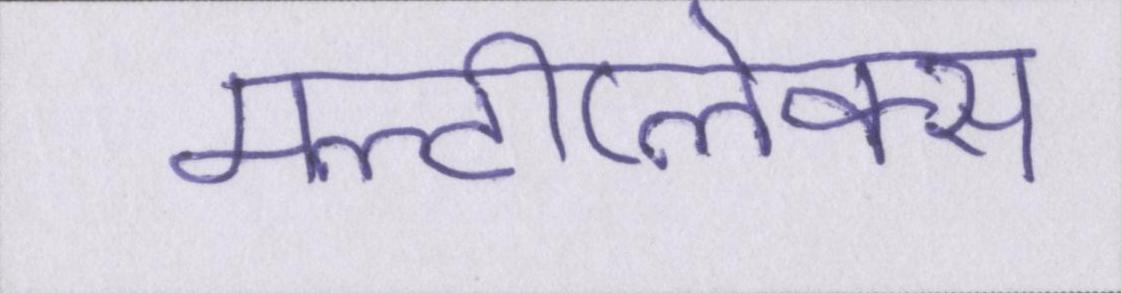
मल्टीप्लेक्स